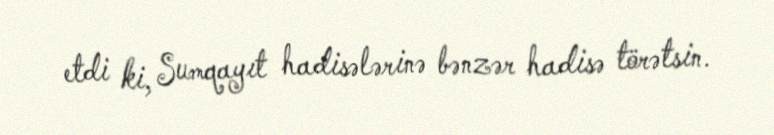
etdi ki, Sumqayıt hadisələrinə bənzər hadisə törətsin.